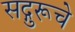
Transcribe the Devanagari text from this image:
सद्गुरूचे